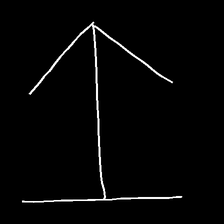
Glyph: levitation